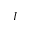
I